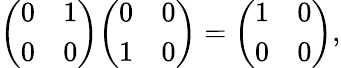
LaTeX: {\left(\begin{array}{ll}{0}&{1}\\ {0}&{0}\end{array}\right)}{\left(\begin{array}{ll}{0}&{0}\\ {1}&{0}\end{array}\right)}={\left(\begin{array}{ll}{1}&{0}\\ {0}&{0}\end{array}\right)},